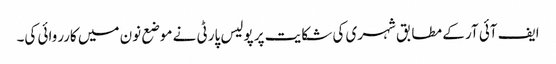
ایف آئی آر کے مطابق شہری کی شکایت پر پولیس پارٹی نے موضع نون میں کارروائی کی۔